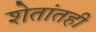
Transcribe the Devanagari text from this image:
शेतांतही